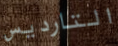
التارديس